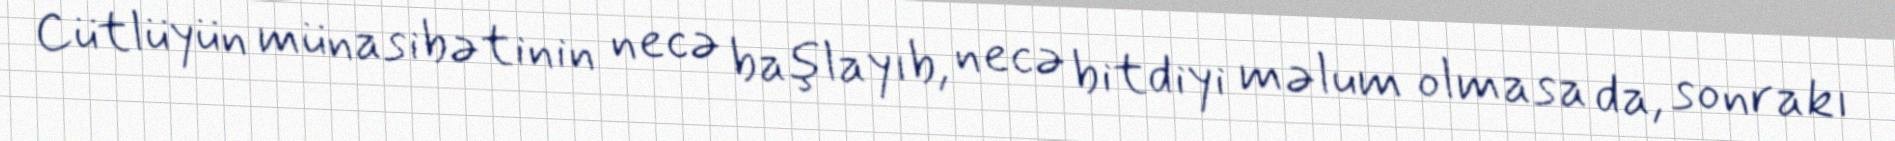
Cütlüyün münasibətinin necə başlayıb, necə bitdiyi məlum olmasa da, sonrakı